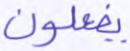
يفعلون